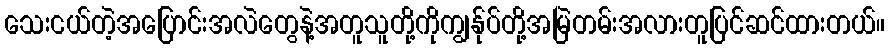
သေးငယ်တဲ့အပြောင်းအလဲတွေနဲ့အတူသူတို့ကိုကျွန်ုပ်တို့အမြဲတမ်းအလားတူပြင်ဆင်ထားတယ်။